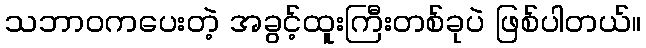
သဘာဝကပေးတဲ့ အခွင့်ထူးကြီးတစ်ခုပဲ ဖြစ်ပါတယ်။